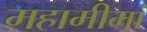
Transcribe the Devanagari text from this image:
महामीमां